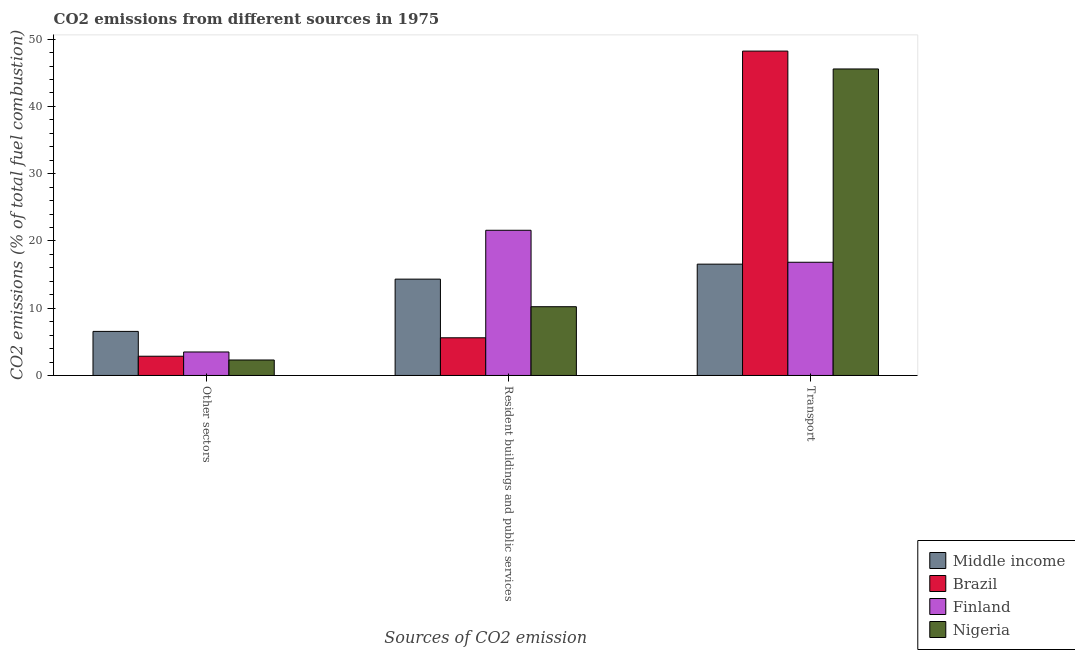
| Sources of CO2 emission | Middle income | Brazil | Finland | Nigeria |
 | --- | --- | --- | --- | --- |
 | Other sectors | 6.55 | 2.86 | 3.49 | 2.3 |
 | Resident buildings and public services | 14.3 | 5.6 | 21.6 | 10.2 |
 | Transport | 16.6 | 48.2 | 16.8 | 45.6 |